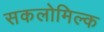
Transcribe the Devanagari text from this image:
सकलोमिल्क